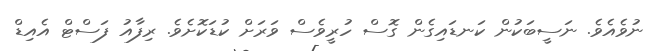
ނުވެއެވެ. ނަސީބަކުން ކަނޑައިގެން ގޮސް ހުރީވެސް ވަރަށް ކުޑަކޮށެވެ. ރިފާއު ފަސްޓް އެއިޑް